65_HS1-834228961_62-HQ-83894_Serial_164
Agency: FBI
Page 32
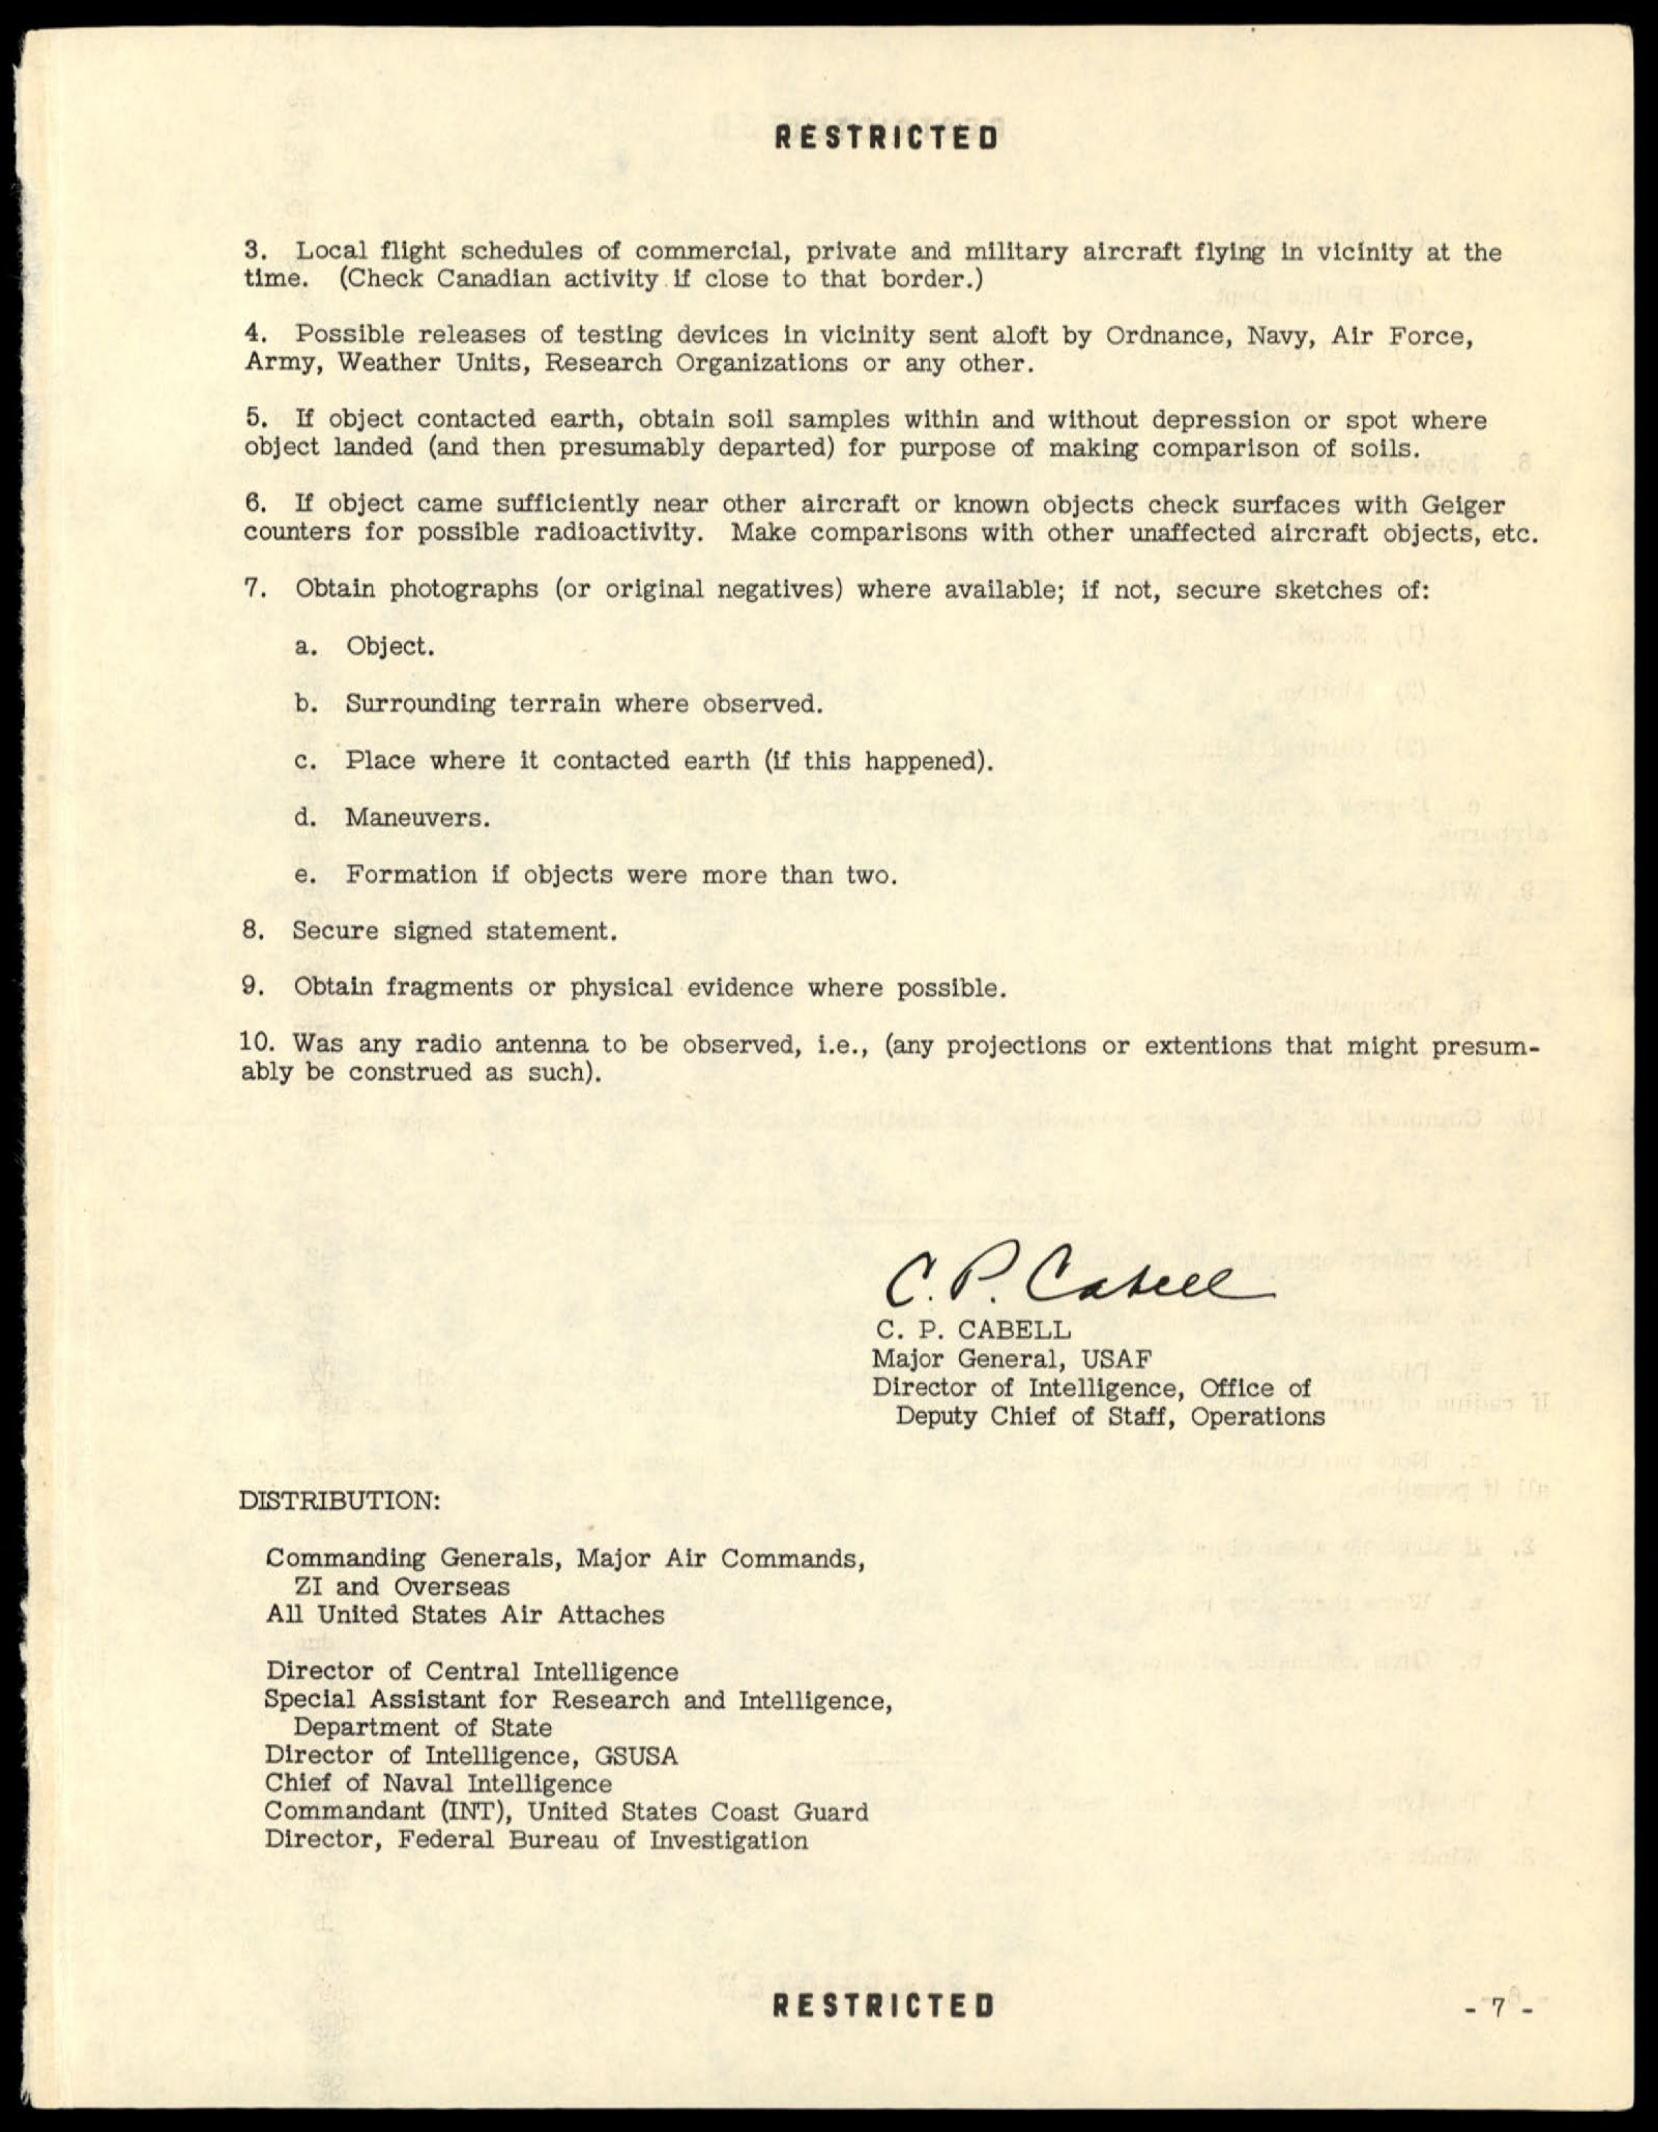